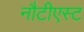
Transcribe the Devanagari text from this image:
नौटीएस्ट